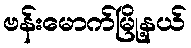
ဗန်းမောက်မြို့နယ်